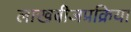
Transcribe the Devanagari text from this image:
लाखबीजप्रक्रिया